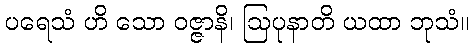
ပရေသံ ဟိ သော ဝဇ္ဇာနိ၊ ဩပုနာတိ ယထာ ဘုသံ။